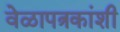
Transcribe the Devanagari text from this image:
वेळापत्रकांशी